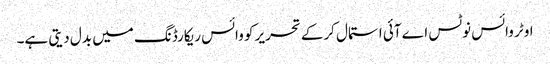
اوٹر وائس نوٹس اے آئی استمال کرکے تحریر کو وائس ریکارڈنگ میں بدل دیتی ہے۔